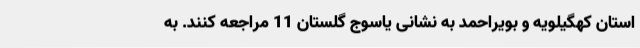
استان کهگیلویه و بویراحمد به نشانی یاسوج گلستان 11 مراجعه کنند. به